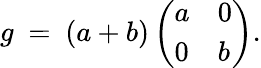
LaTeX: g\ =\ (a+b)\left(\begin{array}{ll}{a}&{0}\\ {0}&{b}\end{array}\right).